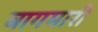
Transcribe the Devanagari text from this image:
बागमारी